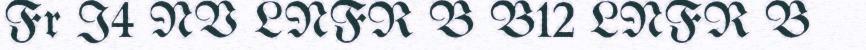
Fr I4 NV LNFR B B12 LNFR B